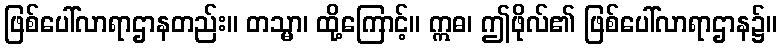
ဖြစ်ပေါ်လာရာဌာနတည်း။ တသ္မာ၊ ထို့ကြောင့်။ ဣဓ၊ ဤဖိုလ်၏ ဖြစ်ပေါ်လာရာဌာန၌။